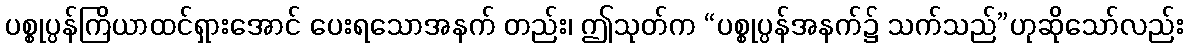
ပစ္စုပ္ပန်ကြိယာထင်ရှားအောင် ပေးရသောအနက် တည်း၊ ဤသုတ်က “ပစ္စုပ္ပန်အနက်၌ သက်သည်”ဟုဆိုသော်လည်း